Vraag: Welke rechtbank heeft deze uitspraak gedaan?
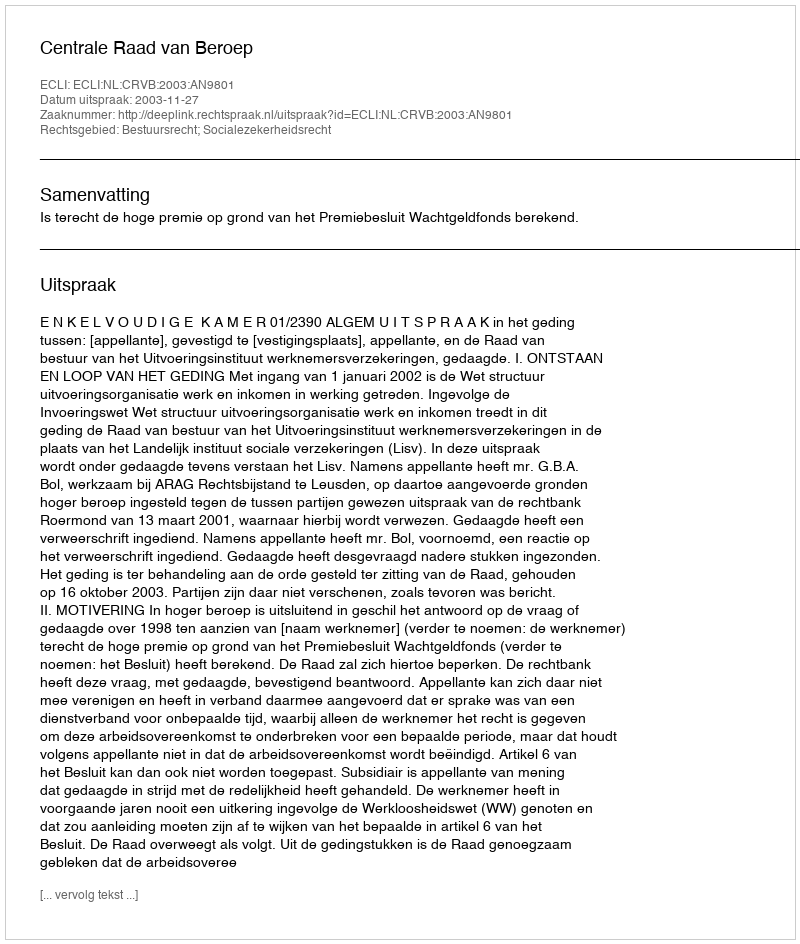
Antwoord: Centrale Raad van Beroep